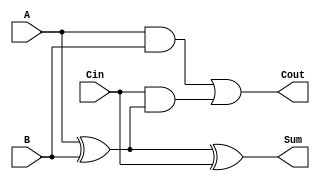
module full_adder (
    input  wire A,     // First input bit
    input  wire B,     // Second input bit
    input  wire Cin,   // Carry-in bit
    output wire Sum,   // Sum output
    output wire Cout   // Carry-out output
);

// Intermediate wire for the first XOR operation
wire xor_ab;

// First XOR gate: A XOR B
assign xor_ab = A ^ B;

// Second XOR gate: (A XOR B) XOR Cin
assign Sum = xor_ab ^ Cin;

// First AND gate: A AND B
wire and_ab;
assign and_ab = A & B;

// Second AND gate: Cin AND (A XOR B)
wire and_cin_xor_ab;
assign and_cin_xor_ab = Cin & xor_ab;

// OR gate: (A AND B) OR (Cin AND (A XOR B))
assign Cout = and_ab | and_cin_xor_ab;

endmodule